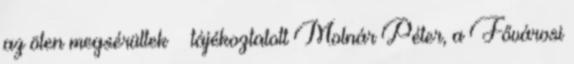
az öten megsérültek – tájékoztatott Molnár Péter, a Fővárosi